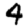
Digit: 4